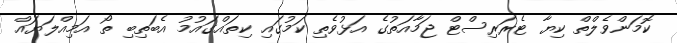
ކޮމަންވެލްތް ކިޔާ ޓެރަރިސްޓް ޖަމާއަތުގެ އަޅުވެތި ކަމުގައި ކިތައްގައުމު އެބަތިބި ތޯ އަމިއްލަޔައް